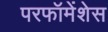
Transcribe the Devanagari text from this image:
परफॉमेंशेस